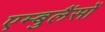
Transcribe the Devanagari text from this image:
एम्बुलैंसों